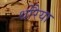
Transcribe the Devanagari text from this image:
धोरैया